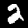
Label: 2